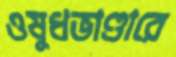
ওষুধভাণ্ডারে